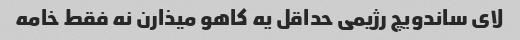
لای ساندویچ رژیمی حداقل یه کاهو میذارن نه فقط خامه